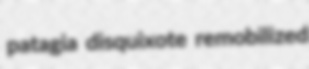
patagia disquixote remobilized